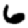
Digit: 6